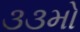
૩૩મો